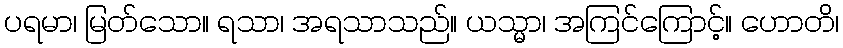
ပရမာ၊ မြတ်သော။ ရသာ၊ အရသာသည်။ ယသ္မာ၊ အကြင်ကြောင့်။ ဟောတိ၊